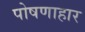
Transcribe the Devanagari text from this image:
पोषणाहार